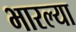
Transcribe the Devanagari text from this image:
भारल्या